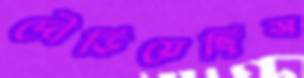
দৌড়িয়েছিস